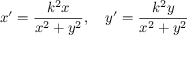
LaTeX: x ^ { \prime } = { \frac { k ^ { 2 } x } { x ^ { 2 } + y ^ { 2 } } } , \quad y ^ { \prime } = { \frac { k ^ { 2 } y } { x ^ { 2 } + y ^ { 2 } } }